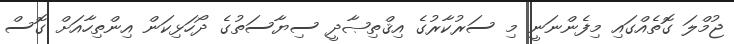
ޖުމްލަ ގޮތެއްގައި މިފެންނަނީ މި ސަރުކާރުގެ އިޤްތިޞާދީ ސިޔާސަތުގެ ދޯހަޅިކަން އިންތިހާއަށް ގޮސް